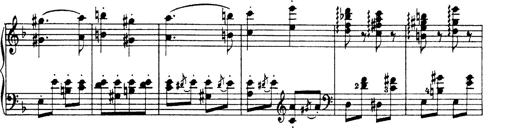
Title: Hungarian Rhapsody No.19
Composer: Franz Liszt
Key: D minor